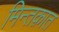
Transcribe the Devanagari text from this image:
मिन्तक़ात